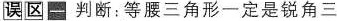
误区 一 判断：等腰三角形一定是锐角三